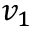
v _ { 1 }